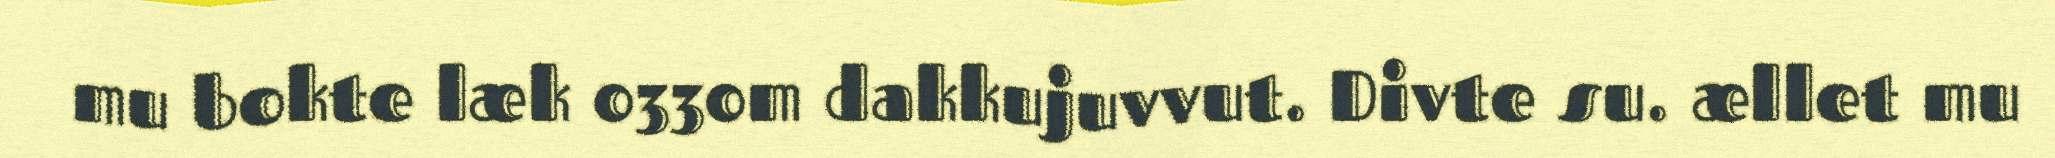
mu bokte læk 0330m dakkujuvvut. Divte su. ællet mu